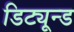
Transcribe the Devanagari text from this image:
डिट्यून्ड